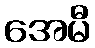
အေမီ